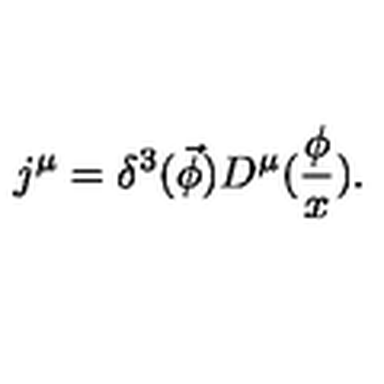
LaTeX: j ^ { \mu } = \delta ^ { 3 } ( \vec { \phi } ) D ^ { \mu } ( \frac \phi x ) .